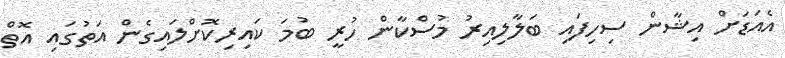
އެއަޑަށް އިޝާން ސިހިފައި ބަލާލިއިރު މުސްކާން ހުރީ ބުމަ ކައިރިކޮށްލައިގެން އަތުގައި އޮތް